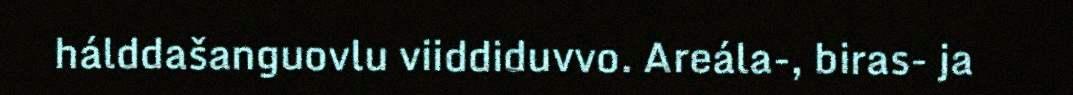
hálddašanguovlu viiddiduvvo. Areála-, biras- ja